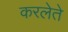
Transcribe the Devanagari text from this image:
करलेते